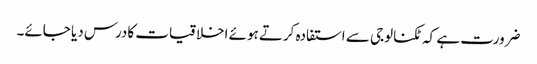
ضرورت ہے کہ ٹکنالوجی سے استفادہ کرتے ہوئے اخلاقیات کادرس دیا جائے۔